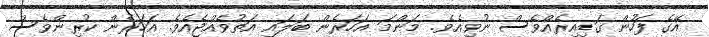
އޭގެ ފަހުން ގަޑިއިރެއްވެސް ނުވިއެވެ. މަންމަ އަހަރެން ބަލައި އަތުވެއްޖެއެވެ. އަހަރެން ކުރިންވެސް